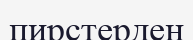
пирстерден